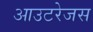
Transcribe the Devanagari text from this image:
आउटरेजस